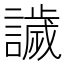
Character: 𧬨